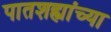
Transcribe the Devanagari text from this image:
पातशह्यांच्या